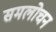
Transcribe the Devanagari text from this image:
समलोचन